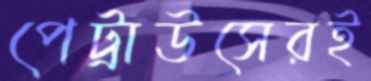
পেট্রাউসেরই